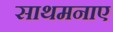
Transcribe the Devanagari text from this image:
साथमनाए